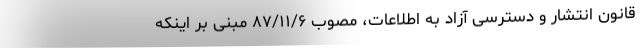
قانون انتشار و دسترسی آزاد به اطلاعات، مصوب ۸۷/۱۱/۶ مبنی بر اینکه